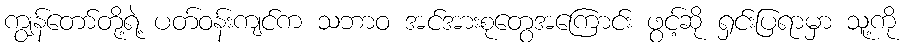
ကျွန်တော်တို့ရဲ့ ပတ်ဝန်းကျင်က သဘာဝ အင်အားစုတွေအကြောင်း ဖွင့်ဆို ရှင်းပြရာမှာ သူ့ကို